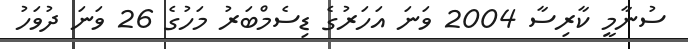
ސުނާމީ ކާރިސާ 2004 ވަނަ އަހަރުގެ ޑިސެމްބަރު މަހުގެ 26 ވަނަ ދުވަހު